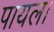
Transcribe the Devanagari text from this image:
पायल।